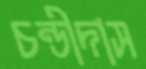
চন্ডীদাস